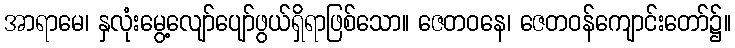
အာရာမေ၊ နှလုံးမွေ့လျော်ပျော်ဖွယ်ရှိရာဖြစ်သော။ ဇေတဝနေ၊ ဇေတဝန်ကျောင်းတော်၌။